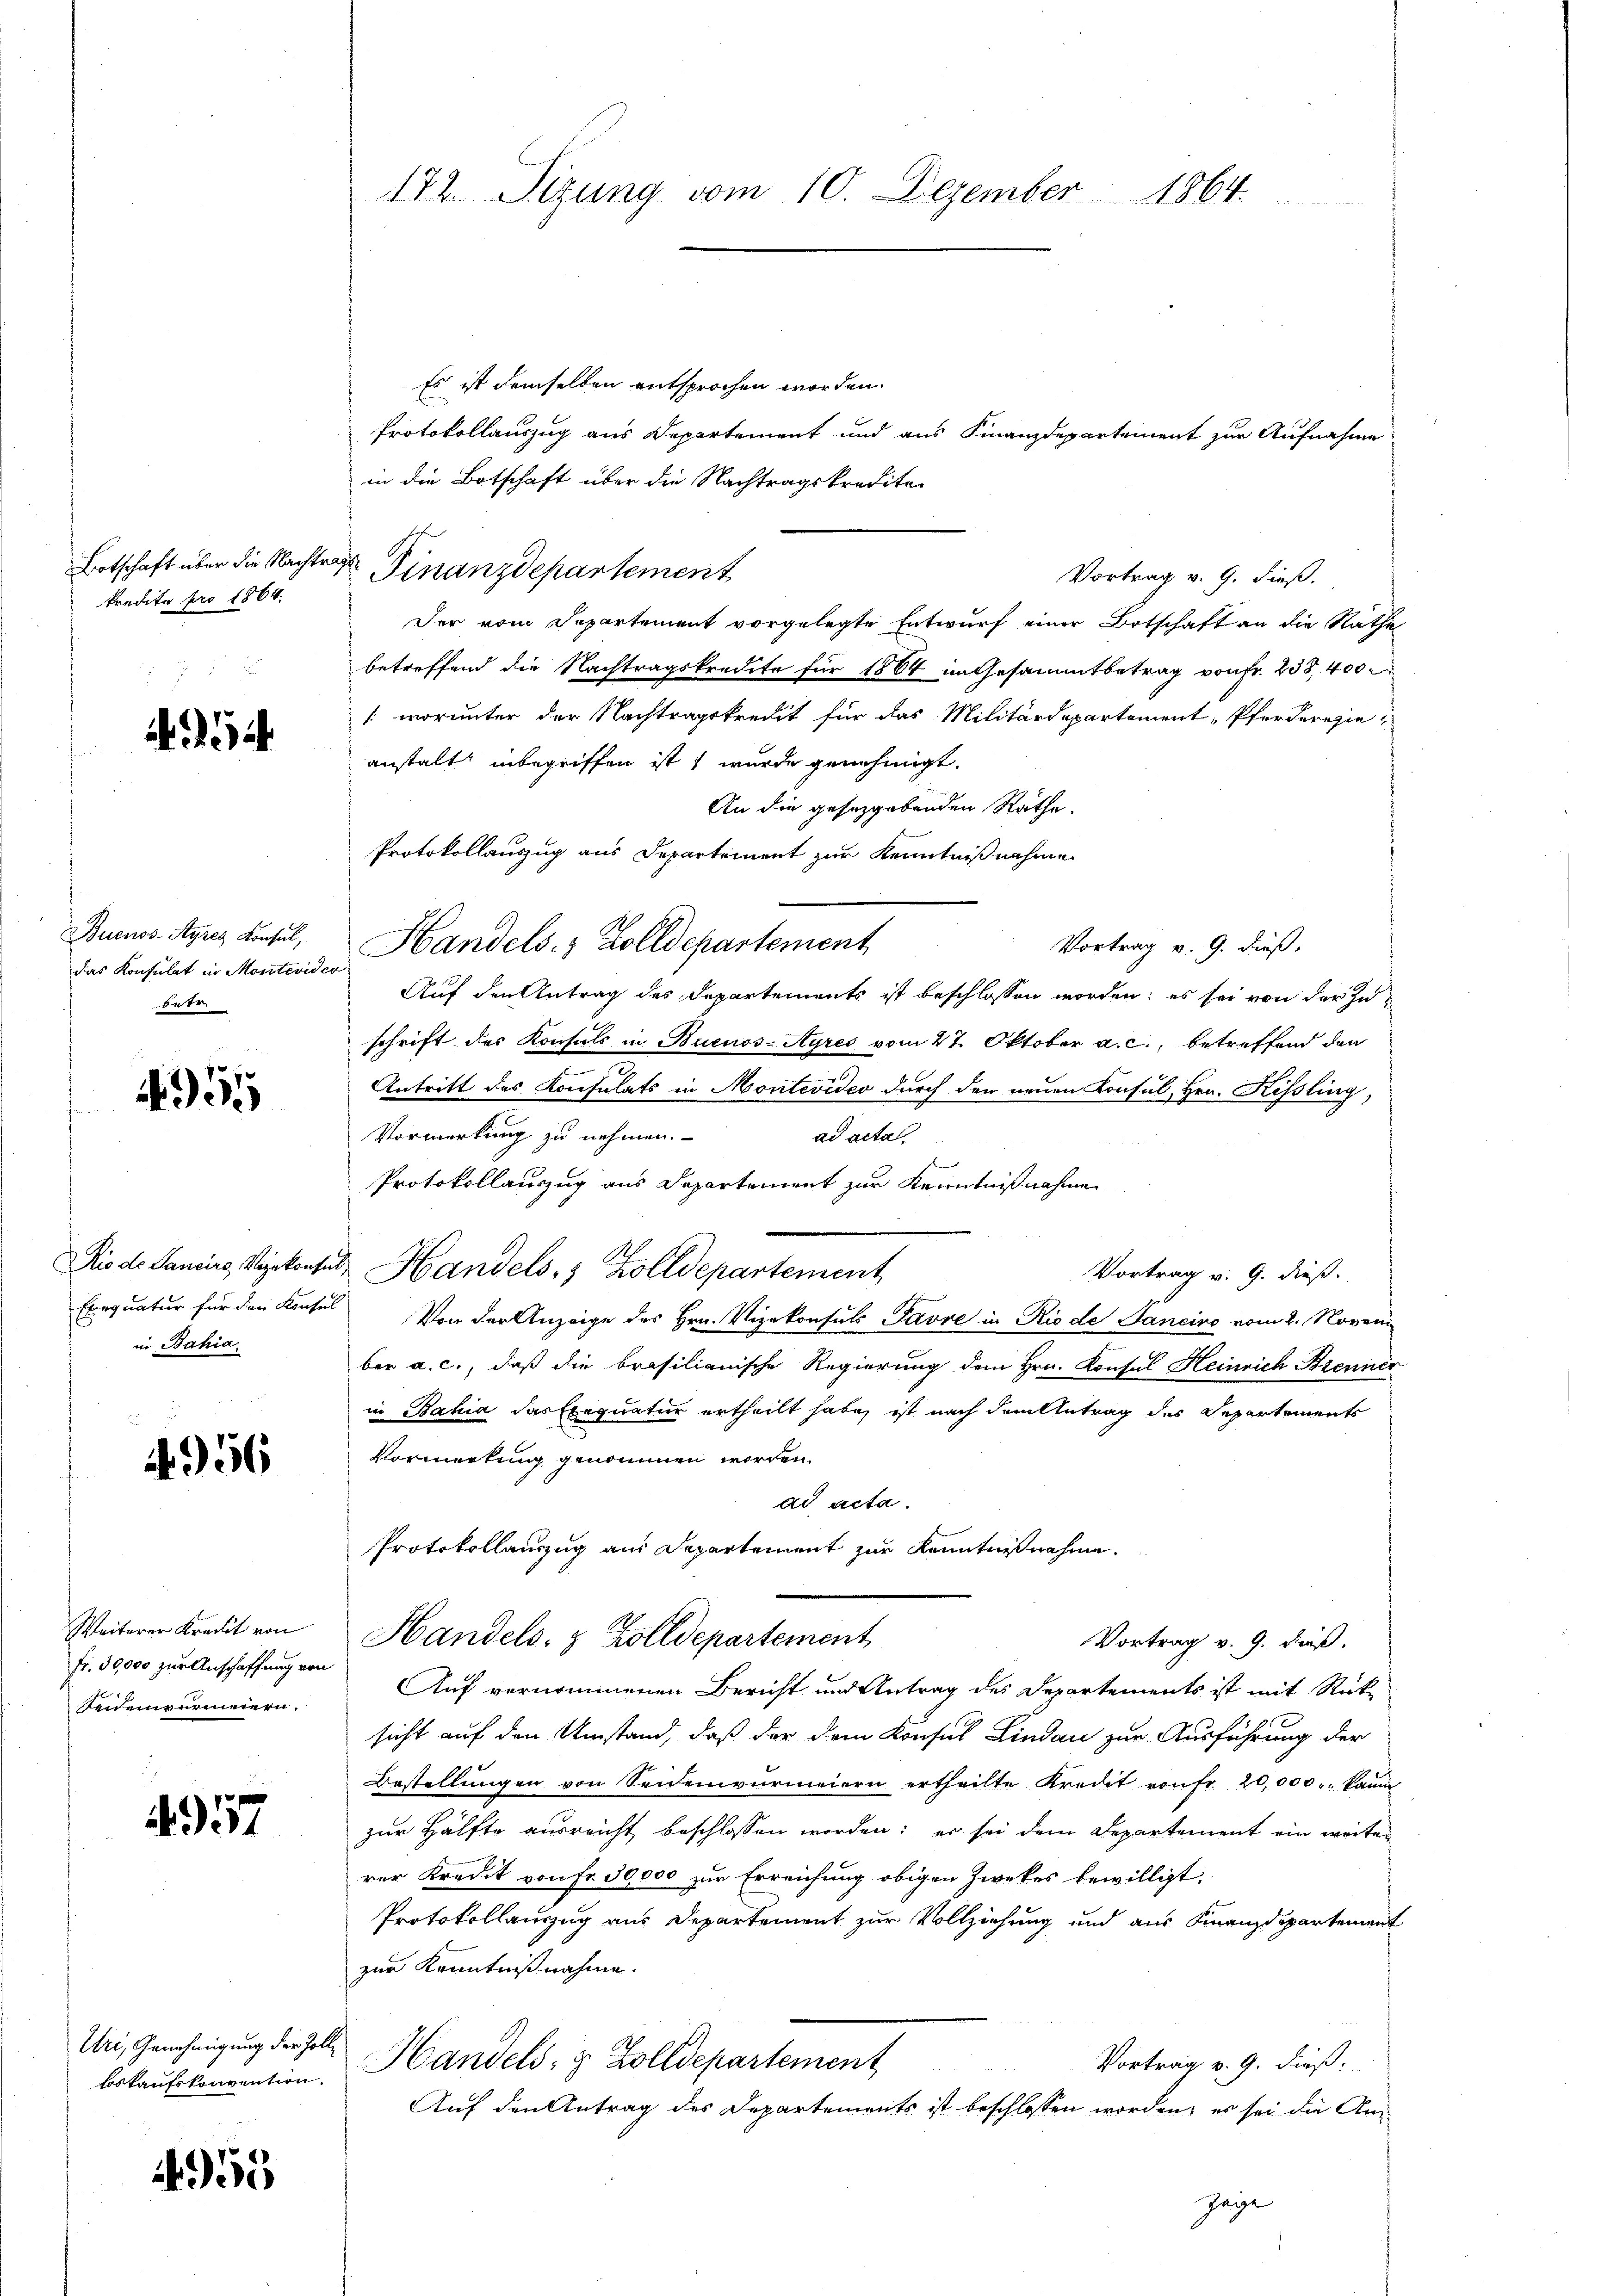
kredite pro 1864.

A

das Konsulat in Montevider
betr.

3

in Bahia

2
4956

fr. 30,000 zur Anschaffung von
Seneinvermeiern.

957

Uri, Genehmigung der Zoll¬

55

Es ist demselben entsprochen worden.
Protokollauszug aus Departement und aus Finanzdepartement zur Aufnahme
in die Botschaft über die Nachtragskredite.
Botschaft über die Nachtrage Finanzdepartement
Vortrag v. 9. dieß.
Der vom Departement vorgelegte Entwurf einer Botschaft an die Rathe
betreffend die Nachtragskredite für 1864 im Gesammtbetrag von Fr. 238, 400
(worunter der Nachtragskredit für das Militärdepartement-Pferderegieanstalt inbegriffen ist, wurde genehmigt.
An die gesetzgebenden Räthe.
Protokollauszug aus Departement zur Kenntnißnahme
Buenos-Ayres Lisel, Handels. Zolldepartement
Vortrag v. 9. dieß.
Auf den Antrag des Departements ist beschlossen worden; es sei von der In
schrift des Konsuls in Buenos-Ayres vom 27. Oktober a. c., betreffend den
Antritt des Konsulats in Montevideo durch den neuen Konsul, Hrn. Kissling,
Vormerkung zu nehmen.
ad acta
.
Protokollauszug aus Departement zur Kenntnißnahme
Rio de Lancirs, Vizekonsul Handels, 3 Zolldepartement
Vortrag v. 9. dieß.
Exequatur für den Konsul Von der Anzeige des Hrn. Vizekonsuls Pavre in Rio de Sancivo vom 2. Novem
ber a. c., daß die brasilianische Regierung dem Hrn. Konsul Heinrich Brenner
in Bahia das Exequatur ertheilt habe, ist nach dem Antrag des Departements
Vormerkung genommen worden.
dd acta.
Protokollauszug aus Departement zur Kenntnißnahme.
Weiterer Kredit von Handels- & Zolldepartement,
Vortrag v. 9. dieß.
Auf vernommenen Bericht und Antrag des Departements ist mit Rück-
sicht auf den Umstand, daß der dem Konsul Lindau zur Ausführung der
Bestellungen von Seidenvermeiern ertheilte Kredit von fr. 20,000., kann
zur Hälfte ausreicht beschlossen worden; er sei dem Departement ein weiten
rer Kredit von Fr. 30,000 zur Erreichung obigen Zwekes bewilligt.
Protokollauszug aus Departement zur Vollziehung und aus Finanzdepartement
zur Kenntnißnahme.
Vortrag v. 9. dieß:
bekankonvention. Handels- & Zolldepartement,
Auf den Antrag des Departements ist beschlossen worden; es sei die Angege
e

172. Sizung vom 10. Dezember 1864.